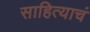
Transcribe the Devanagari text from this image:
साहित्याचं